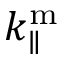
k _ { \parallel } ^ { \mathrm { m } }